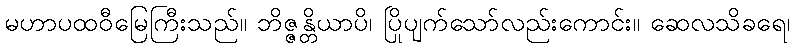
မဟာပထဝီမြေကြီးသည်။ ဘိဇ္ဇန္တိယာပိ၊ ပြိုပျက်သော်လည်းကောင်း။ ဆေလသိခရေ၊